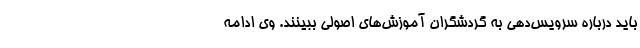
باید درباره سرویس‌دهی به گردشگران آموزش‌های اصولی ببینند. وی ادامه